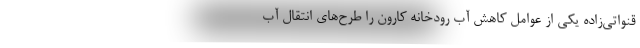
قنواتی‌زاده یکی از عوامل کاهش آب رودخانه کارون را طرح‌های انتقال آب